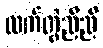
လက်တွဲညီညီ